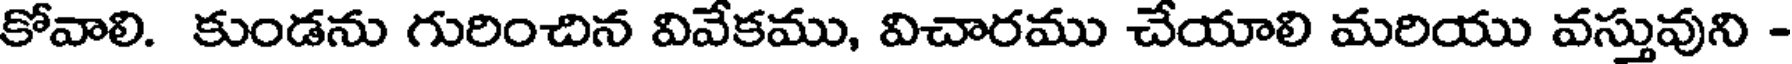
కోవాలి. కుండను గురించిన వివేకము, విచారము చేయాలి మరియు వస్తువుని -